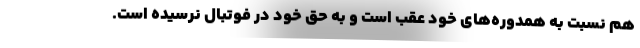
هم نسبت به همدوره‌های خود عقب است و به حق خود در فوتبال نرسیده است.